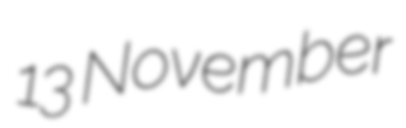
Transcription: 13 November